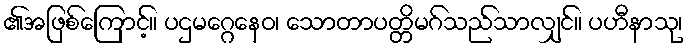
၏အဖြစ်ကြောင့်။ ပဌမဂ္ဂေနေဝ၊ သောတာပတ္တိမဂ်သည်သာလျှင်။ ပဟီနာသု၊